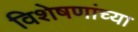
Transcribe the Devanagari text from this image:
विशेषणांच्या